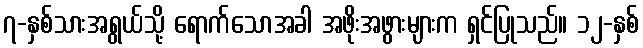
၇-နှစ်သားအရွယ်သို့ ရောက်သောအခါ အဖိုးအဖွားများက ရှင်ပြုသည်။ ၁၂-နှစ်